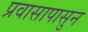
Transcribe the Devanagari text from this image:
प्रवासापासुन